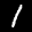
Label: 1